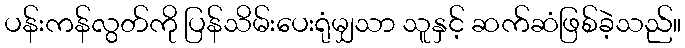
ပန်းကန်လွတ်ကို ပြန်သိမ်းပေးရုံမျှသာ သူနှင့် ဆက်ဆံဖြစ်ခဲ့သည်။